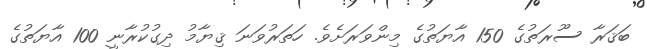
ބަޤަރާ ސޫރަތުގެ 150 އާޔަތުގެ މިންވަރަށެވެ. ހަތަރުވަނަ ޤިޔާމު ދިގުކުރާނީ 100 އާޔަތުގެ